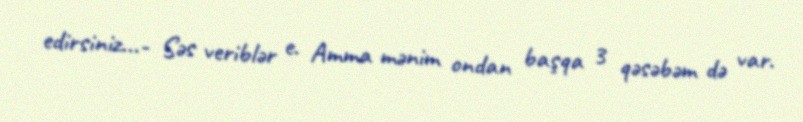
edirsiniz...- Səs veriblər e. Amma mənim ondan başqa 3 qəsəbəm də var.